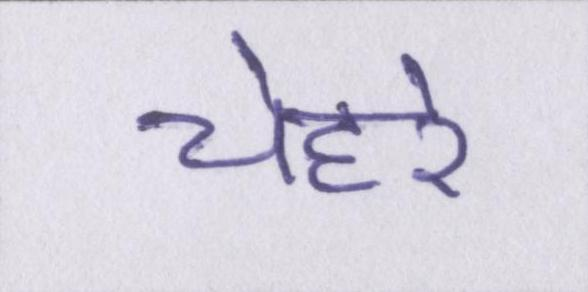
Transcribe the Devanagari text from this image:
चेहरे